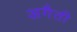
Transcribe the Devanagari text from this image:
अगैती